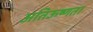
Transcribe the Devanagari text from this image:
अतिऊष्णता